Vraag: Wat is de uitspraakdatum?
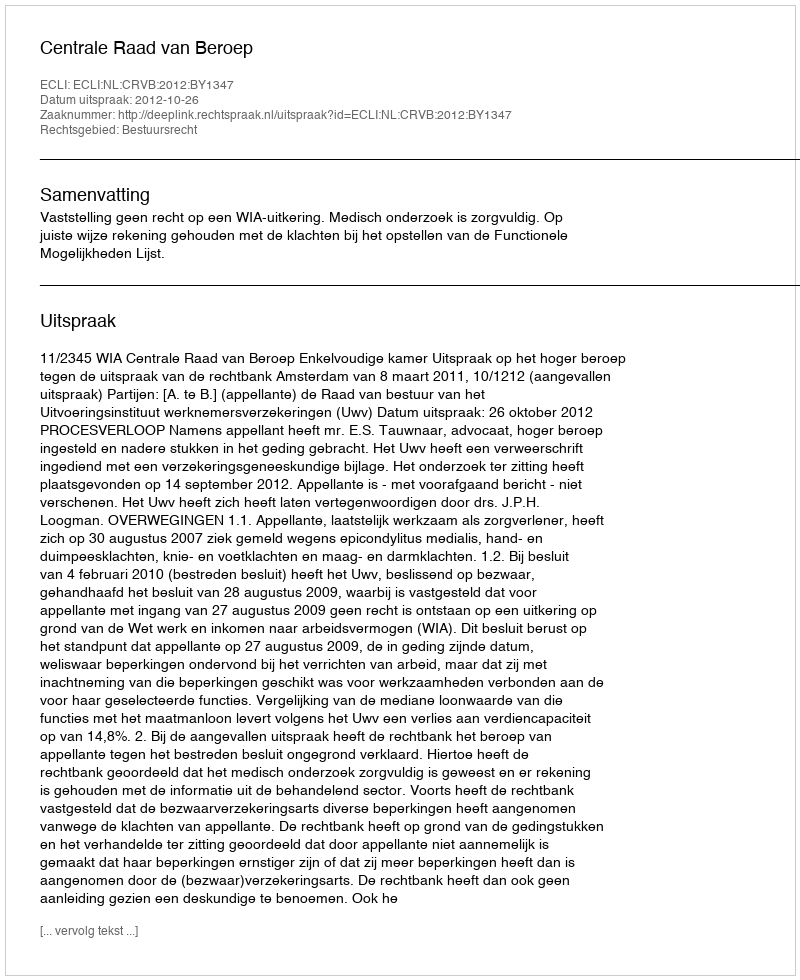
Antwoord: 2012-10-26